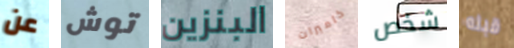
عن توش البنزين كاميرات شخص قبله